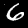
Digit: 6